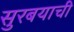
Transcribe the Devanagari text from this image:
सुरबयाची